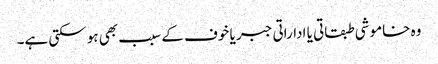
وہ خاموشی طبقاتی یا اداراتی جبر یا خوف کے سبب بھی ہو سکتی ہے۔